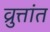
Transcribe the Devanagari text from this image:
व्रुत्तांत